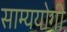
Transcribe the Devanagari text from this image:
साम्ययोगी